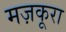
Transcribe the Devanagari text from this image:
मज़कूरा